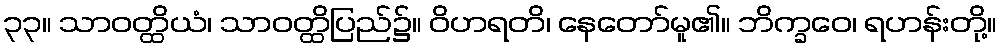
၃၃။ သာဝတ္ထိယံ၊ သာဝတ္ထိပြည်၌။ ဝိဟရတိ၊ နေတော်မူ၏။ ဘိက္ခဝေ၊ ရဟန်းတို့။